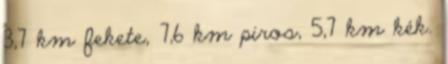
3,7 km fekete, 7,6 km piros, 5,7 km kék.